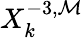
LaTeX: X_{k}^{-3,\mathcal{M}}